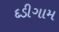
દડીગામ